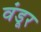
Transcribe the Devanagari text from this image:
वंडूर